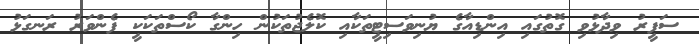
ސަފީރު ވިދާޅުވި ގޮތުގައި އިންޑިއާގެ ޔުނިވަސިޓީތަކާއި ކޮލެޖުތަކުން ހިންގާ ކޯސްތަކަކީ ފެންވަރު ރަނގަޅު